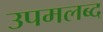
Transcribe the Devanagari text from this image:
उपमलब्द